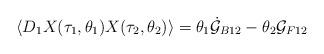
LaTeX: \begin{align*}\langle D_1X(\tau_1,\theta_1)X(\tau_2,\theta_2)\rangle=\theta_1\dot{\cal G}_{B12}-\theta_2{\cal G}_{F12}\end{align*}